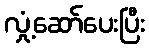
လှုံ့ဆော်ပေးပြီး